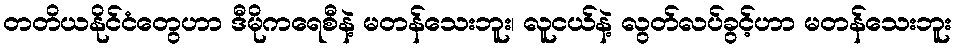
တတိယနိုင်ငံတွေဟာ ဒီမိုကရေစီနဲ့ မတန်သေးဘူး၊ လူငယ်နဲ့ လွတ်လပ်ခွင့်ဟာ မတန်သေးဘူး